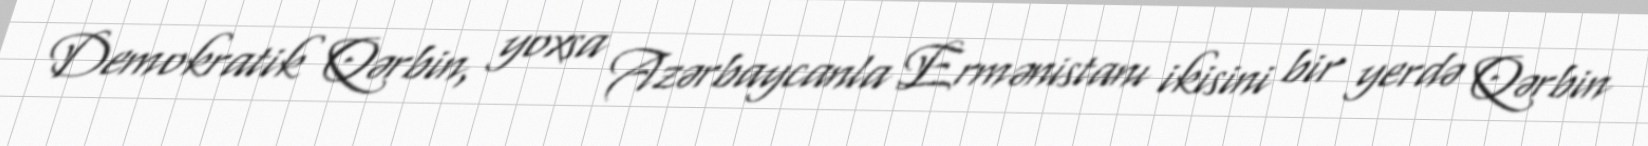
Demokratik Qərbin, yoxsa Azərbaycanla Ermənistanı ikisini bir yerdə Qərbin